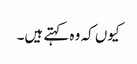
کیوں کہ وہ کہتے ہیں۔